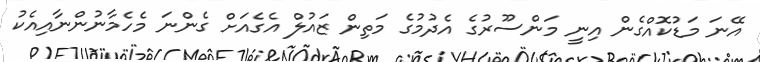
އޭނަ މަޑުކޮއްގެން އިނީ މަންސޫރުގެ އެދުމުގެ މަތިން ޒައުލް އެގެއަށް ގެންނަ މެހެމާނުންނާއިއެކު